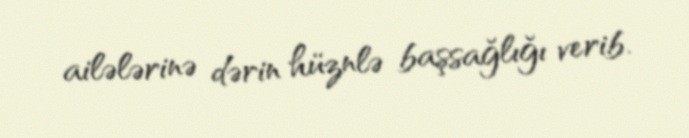
ailələrinə dərin hüznlə başsağlığı verib.